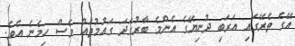
އޭގެ ތެރޭގައި އަރަބި ދުނިޔޭގެ އެންމެ ބާރުގަދަ ގައުމުތައް ވެސް ހިމެނެ އެވެ.